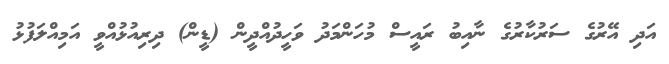
އަދި އޭރުގެ ސަރުކާރުގެ ނާއިބު ރައީސް މުހަންމަދު ވަހީދުއްދީން (ޑީން) ދިރިއުޅުއްވީ އަމިއްލަފުޅު